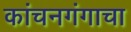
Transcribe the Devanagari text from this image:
कांचनगंगाचा